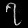
Digit: ၇